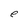
Character: e